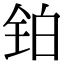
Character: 铂